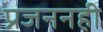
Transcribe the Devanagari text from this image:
प्रजननही